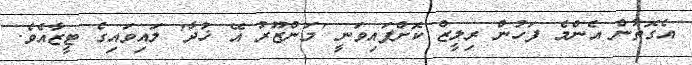
އެގޮތުން އެންމެ ފަހުން ރިލީޒް ކޮށްފައިވަނީ 'މަންޒޫރު އޭ ޚުދާ' ލައިވައިގެ ޓީޒާއެވެ.